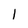
Character: 1